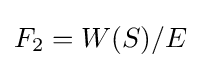
F_{2}=W(S)/E